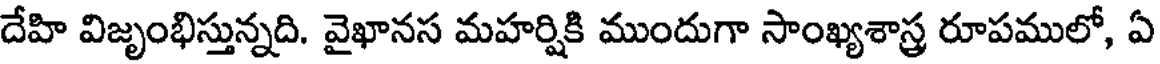
దేహి విజృంభిస్తున్నది. వైఖానస మహర్షికి ముందుగా సాంఖ్యశాస్త్ర రూపములో, ఏ